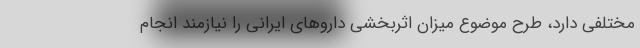
مختلفی دارد، طرح موضوع میزان اثربخشی داروهای ایرانی را نیازمند انجام